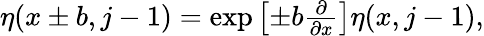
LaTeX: \begin{array}{r}{\eta(x\pm b,j-1)=\exp\left[\pm b\frac{\partial}{\partial x}\right]\eta(x,j-1),}\end{array}